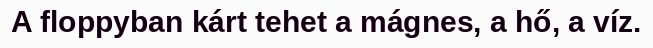
A floppyban kárt tehet a mágnes, a hő, a víz.